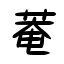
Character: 菴